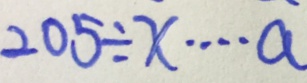
2 0 5 \div x \cdots a